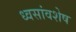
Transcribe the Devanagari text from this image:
ध्वसांवशेष